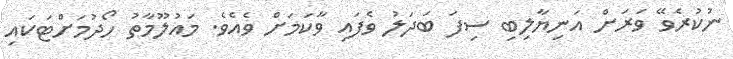
ނުކުރެވޭ ވަރަށް އަނިޔާލިބި ސިފަ ބަދަލު ވެފައި ވާކަމަށް ވެއެވެ. މައުލޫމާތު ހޯދުމަށްޓަކައި